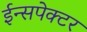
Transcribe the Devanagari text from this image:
ईन्सपेक्टर